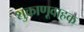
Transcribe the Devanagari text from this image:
शुक्राणूवाहक